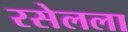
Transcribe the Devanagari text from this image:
रसेलला